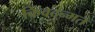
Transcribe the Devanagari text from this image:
किंवदन्मत